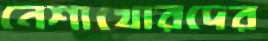
নেশাখোরদের